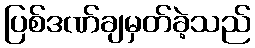
ပြစ်ဒဏ်ချမှတ်ခဲ့သည်